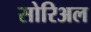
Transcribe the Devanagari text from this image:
सोरिअल